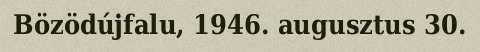
Bözödújfalu, 1946. augusztus 30.